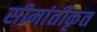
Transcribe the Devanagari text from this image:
सीमांतीकृत